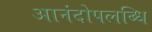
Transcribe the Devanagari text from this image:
आनंदोपलब्धि